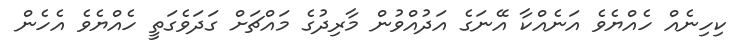
ކިހިނެއް ހެއްޔެވެ އަނެއްކާ އޭނަގެ އަދުއްވުން މާރިދުގެ މައްޗަށް ގަދަވެގަތީ ހެއްޔެވެ އެހެން